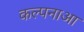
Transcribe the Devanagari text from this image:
कल्पनाआ